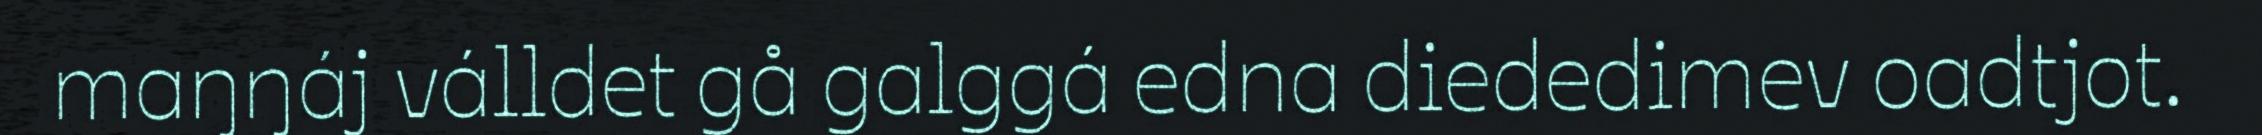
maŋŋáj válldet gå galggá edna diededimev oadtjot.